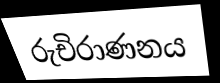
රුචිරාණනය